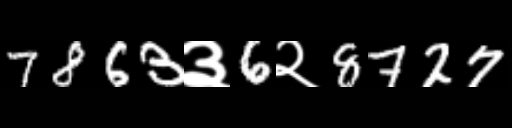
Text: 7863३6२8727